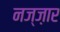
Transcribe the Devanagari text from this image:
नज्ज़ार